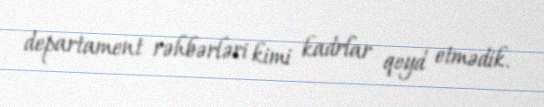
departament rəhbərləri kimi kadrlar qeyd etmədik.